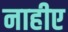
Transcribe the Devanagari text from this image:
नाहीए